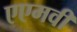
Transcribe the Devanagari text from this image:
एएमवी